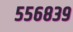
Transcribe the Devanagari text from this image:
५५६८३९